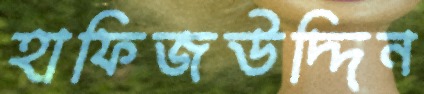
হাফিজউদ্দিন